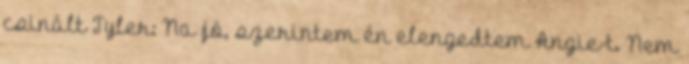
csinált Tyler: Na jó, szerintem én elengedtem Angie-t. Nem